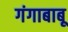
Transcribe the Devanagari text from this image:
गंगाबाबू